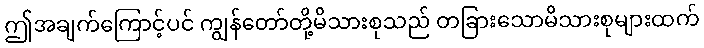
ဤအချက်ကြောင့်ပင် ကျွန်တော်တို့မိသားစုသည် တခြားသောမိသားစုများထက်